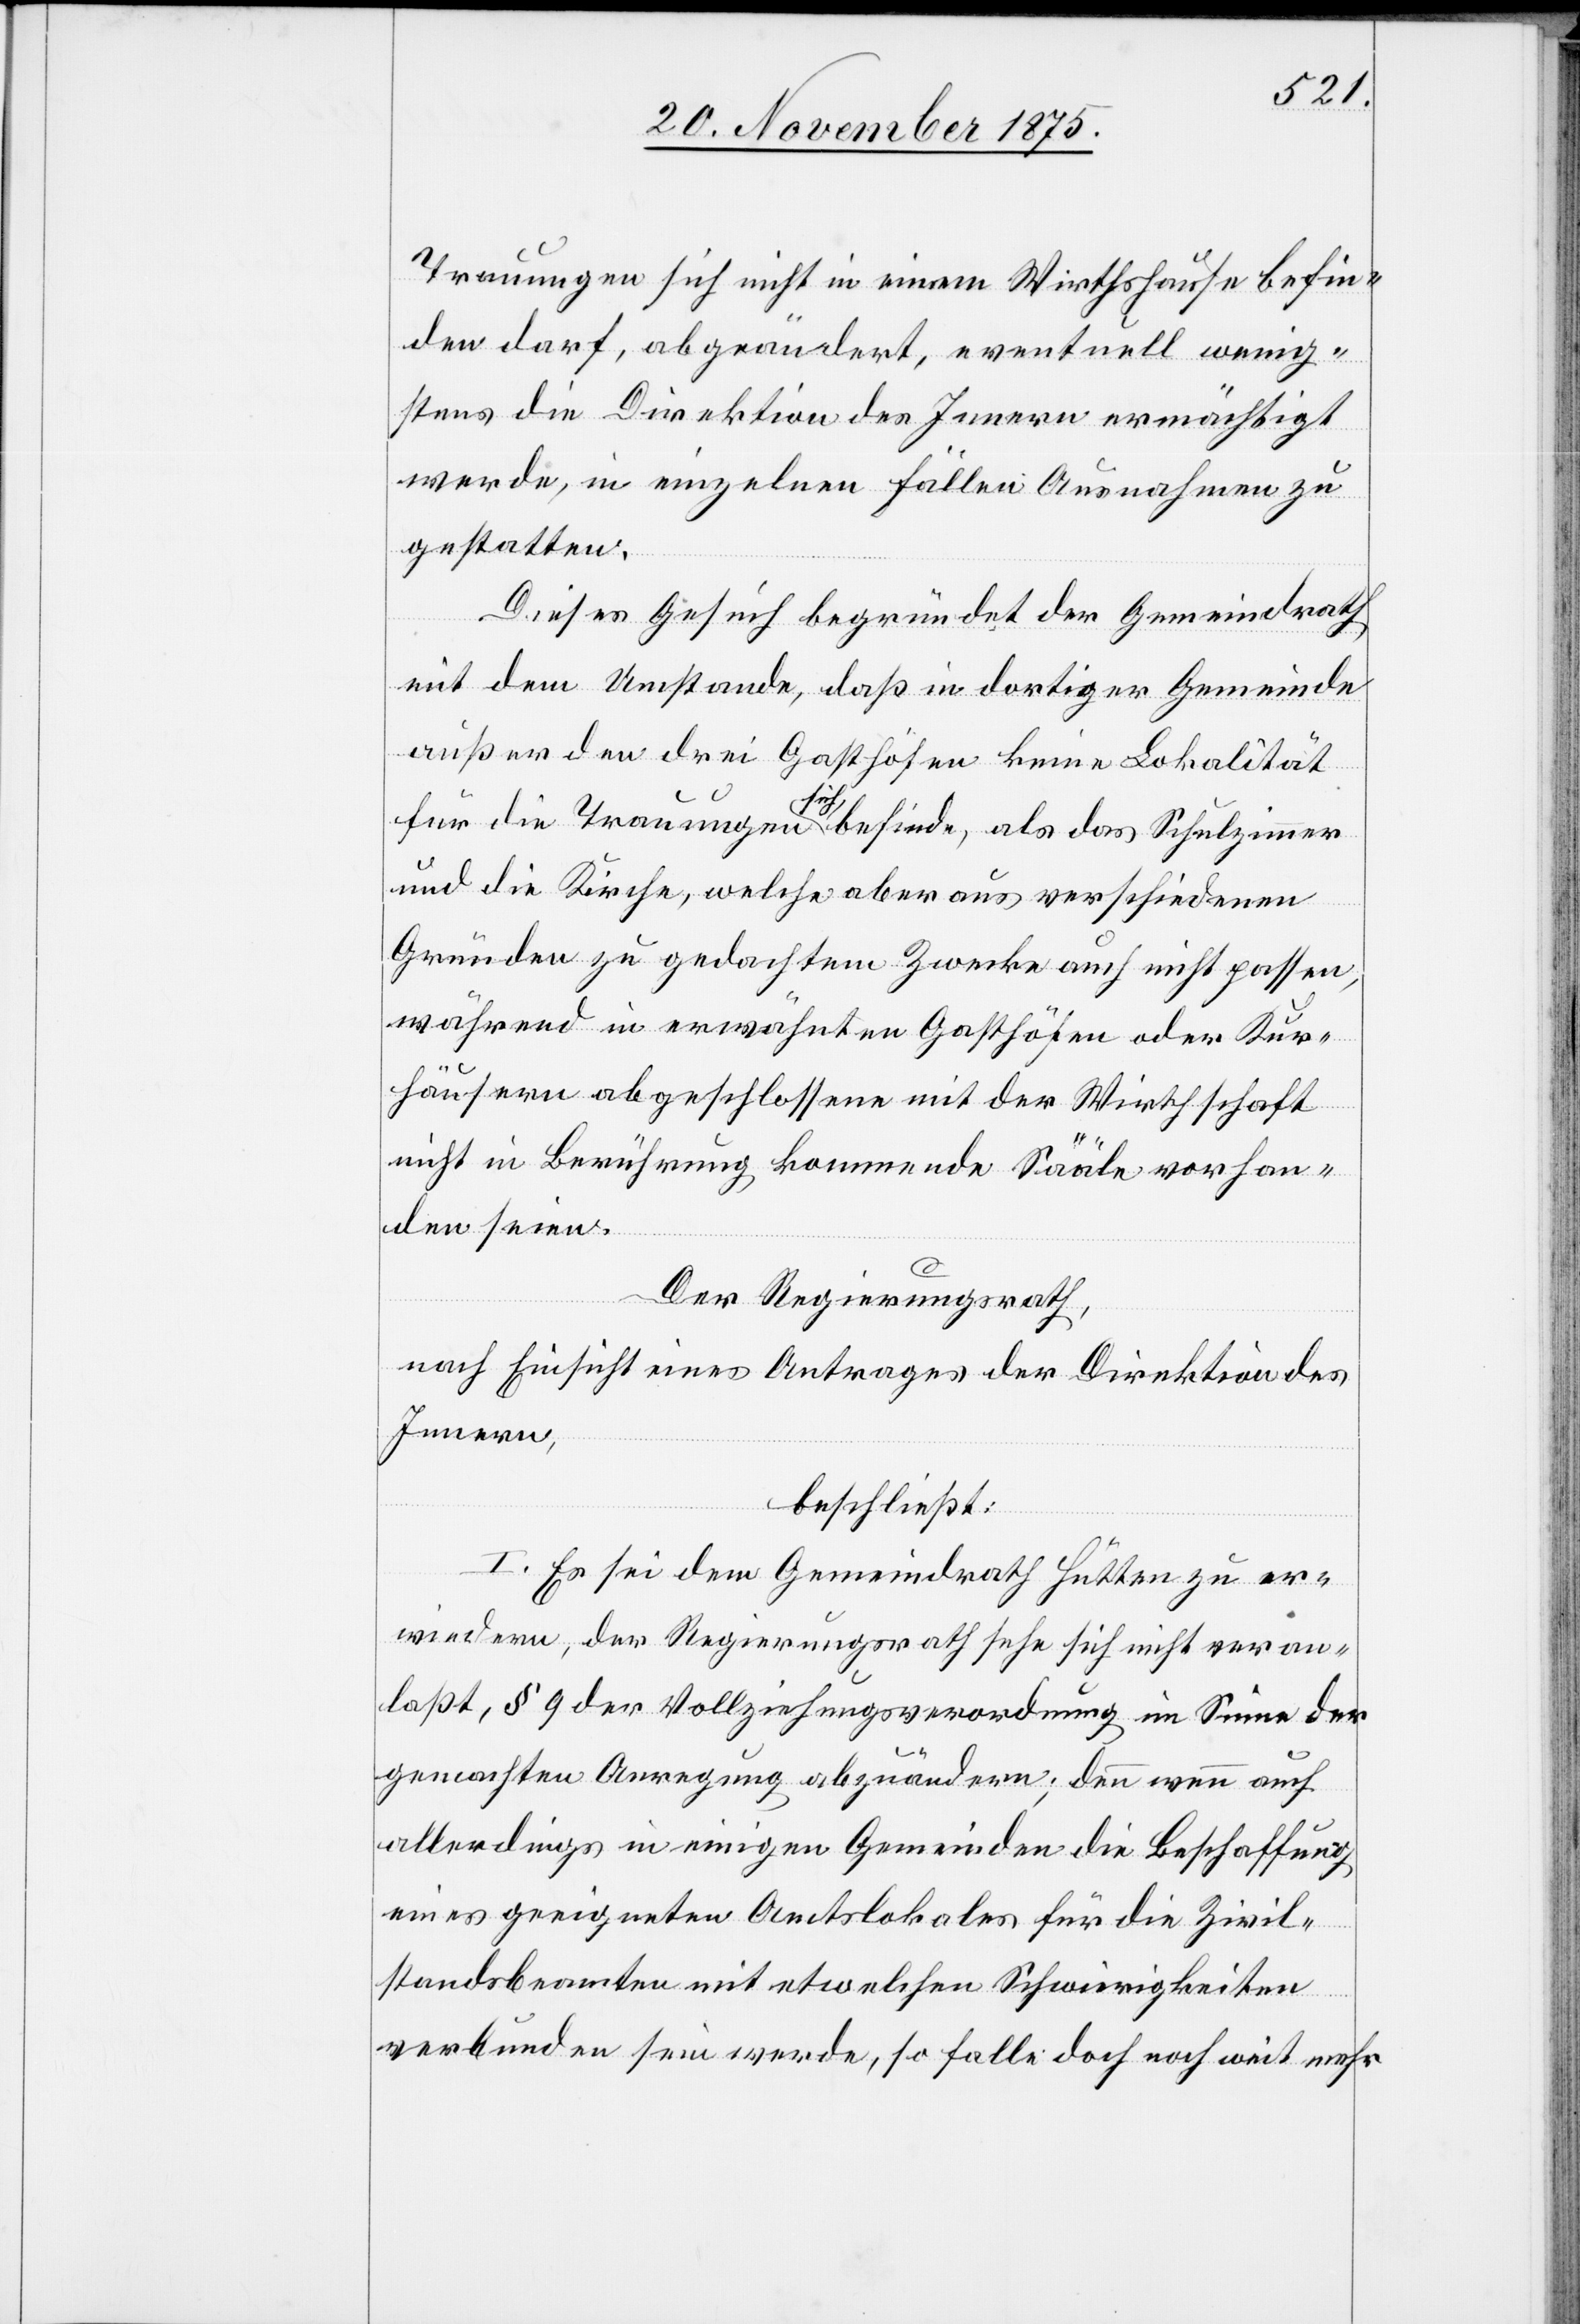
Trauungen sich nicht in einem Wirthshause befin¬
den darf, abgeändert, eventuell wenig¬
stens die Direktion des Innern ermächtigt
werde, in einzelnen Fällen Ausnahmen zu
gestatten.
Dieses Gesuch begründet der Gemeindrath
mit dem Umstande, daß in dortiger Gemeinde
außer den drei Gasthöfen keine Lokalität
für die Trauungen sich befinde, als das Schulzimmer
und die Kirche, welche aber aus verschiedenen
Gründen zu gedachtem Zwecke auch nicht passen,
während in erwähnten Gasthöfen oder Kur¬
häusern abgeschlossene mit der Wirthschaft
nicht in Berührung kommende Sääle vorhan¬
den seien.
Der Regierungsrath,
nach Einsicht eines Antrages der Direktion des
Innern,
beschließt:
I. Es sei dem Gemeindrath Hütten zu er¬
wiedern, der Regierungsrath sehe sich nicht veran¬
laßt, § 9 der Vollziehungsverordnung im Sinne der
gemachten Anregung abzuändern; denn wenn auch
allerdings in einigen Gemeinden die Beschaffung
eines geeigneten Amtslokales für die Zivil¬
standsbeamten mit etwelchen Schwierigkeiten
verbunden sein werde, so falle doch noch weit mehr